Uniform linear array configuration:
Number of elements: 24
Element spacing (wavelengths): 0.5
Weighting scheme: uniform
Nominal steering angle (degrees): -45
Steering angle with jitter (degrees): -46.03
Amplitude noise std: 0.05
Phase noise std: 0.05

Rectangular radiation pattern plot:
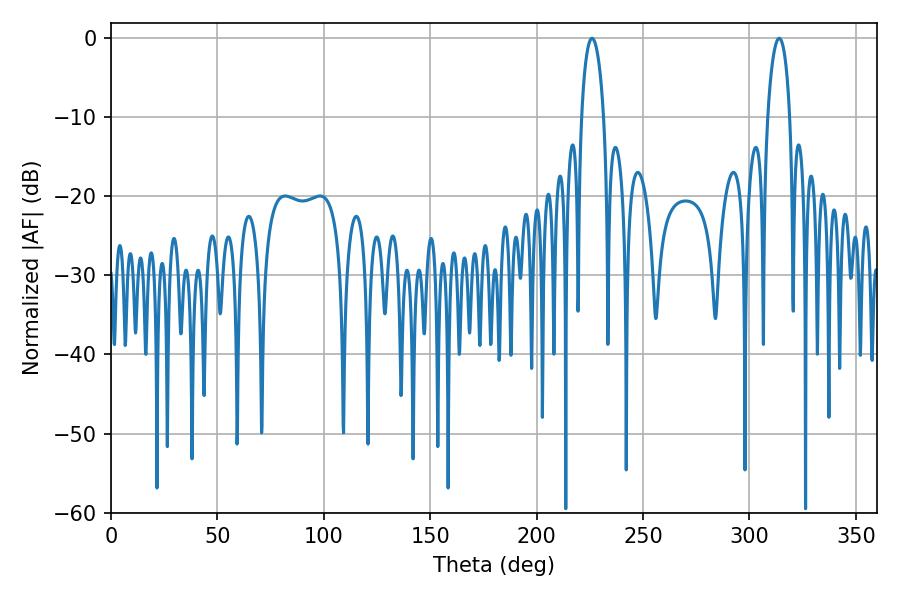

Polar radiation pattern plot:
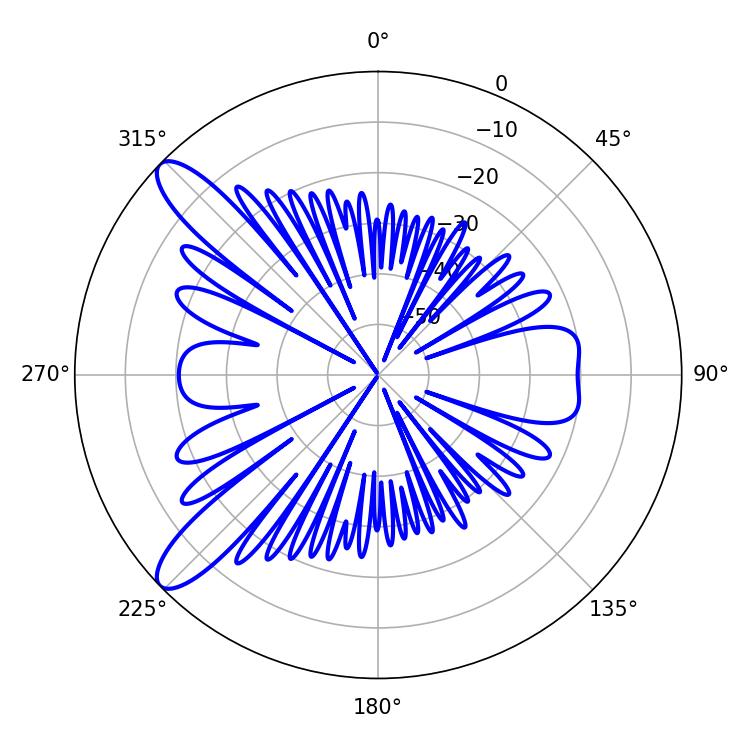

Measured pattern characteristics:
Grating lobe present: FALSE
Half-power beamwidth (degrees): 5.94
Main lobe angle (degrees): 226.08